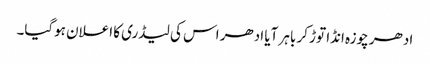
ادھر چوزہ انڈا توڑ کر باہر آیا ادھر اس کی لیڈری کا اعلان ہوگیا۔